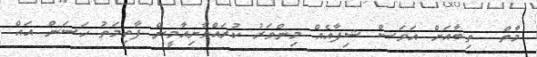
މާތް  ތިބާއަށް އަވަސް ޝިފާއެއް މިންވަރު ކުރައްވާށިއާމީން ފާތިމަތު ހަސަން އައް